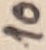
Text: 10